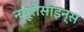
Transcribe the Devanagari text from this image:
न्यूरोसाइन्स